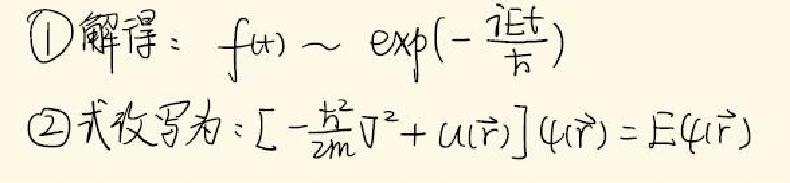
1. 解得：$f(t)\sim\exp(-\frac{iEt}{\hbar})$
2. 式改写为：$[-\frac{\hbar^{2}}{2m}\nabla^{2}+u(\vec{r})]\psi(\vec{r}) = E\psi(\vec{r})$